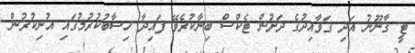
ޓީ ޤާނޫނު އަދި ގަވާއިދުގެ ދަށުން ޓެކްސް ބިނާކުރެވޭ ފައިދާ ހިސާބުކުރުމުގައި އުނިކުރުން